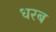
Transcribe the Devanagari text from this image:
धरब